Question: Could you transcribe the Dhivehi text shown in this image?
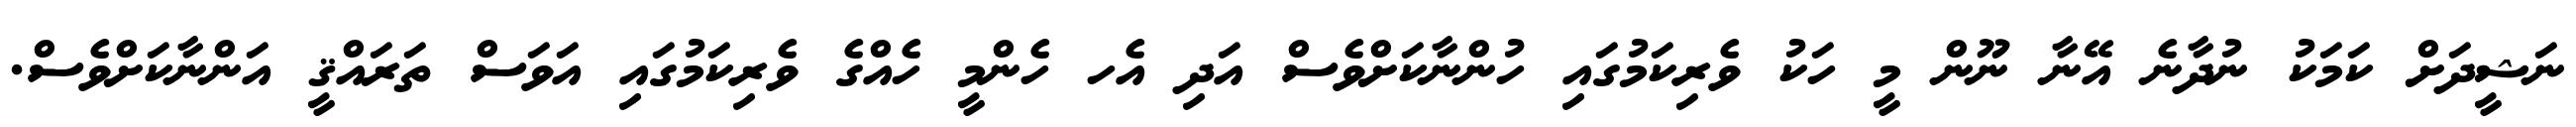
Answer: ނަޝީދަށް ކަމަކު ނުދާނެ އޭނާ ނޫން މީ ހަކު ވެރިކަމުގައި ހުންނާކަށްވެސް އަދި އެހ ހެންމީ ހެއްގެ ވެރިކަމުގައި އަވަސް ތަރައްޤީ އަންނާކަށްވެސް.